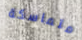
متماسكة